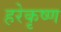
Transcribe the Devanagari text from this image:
हरेकृष्‍ण